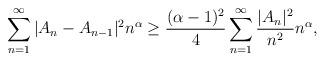
LaTeX: \begin{align*}{}\displaystyle\sum_{n=1}^{\infty}|A_{n}-A_{n-1}|^{2}{n}^{\alpha}&\geq \frac{(\alpha-1)^2}{4}\sum_{n=1}^{\infty}\frac{|A_{n}|^{2}}{n^2}{n}^{\alpha},\end{align*}